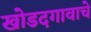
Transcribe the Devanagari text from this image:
खोडदगावाचे